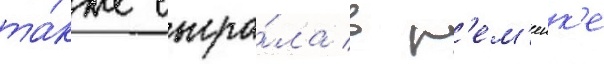
та́кже сыгра́ла в р'ем'еик'е